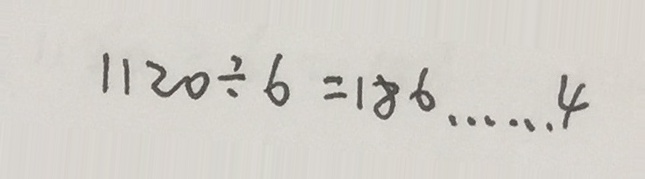
1 1 2 0 \div 6 = 1 8 6 \cdots 4